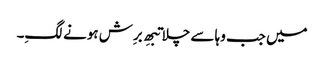
میں جب وہا سے چلا تبھِ برِش ہونے لگِ۔